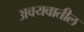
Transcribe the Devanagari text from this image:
अवयवातील